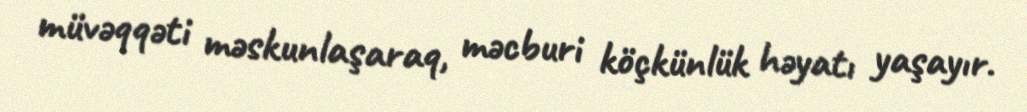
müvəqqəti məskunlaşaraq, məcburi köçkünlük həyatı yaşayır.